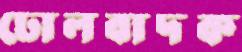
ঢোলবাদক